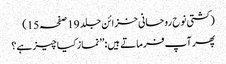
(کشتی نوح روحانی خزائن جلد 19صفحہ15)
پھر آپ فرماتے ہیں: ’’نماز کیا چیز ہے؟